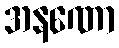
အနဏော